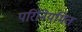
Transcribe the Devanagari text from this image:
परिनियमित